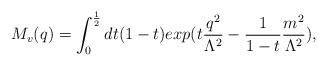
LaTeX: \begin{align*}M_v(q)=\int_0^\frac{1}{2}dt(1-t)exp(t\frac{q^2}{\Lambda^2}-\frac{1}{1-t}\frac{m^2}{\Lambda^2}),\end{align*}